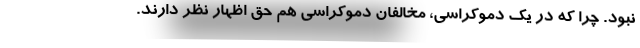
نبود. چرا که در یک دموکراسی، مخالفان دموکراسی هم حق اظهار نظر دارند.